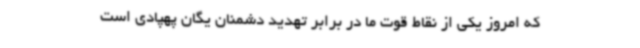
که امروز یکی از نقاط قوت ما در برابر تهدید دشمنان یگان پهپادی است